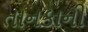
તાનકાની